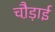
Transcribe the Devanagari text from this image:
चौ़ड़ाई